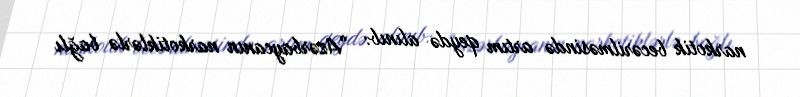
narkotik becərilməsində artım qeydə alınıb: “Azərbaycanın narkotiklərlə bağlı